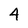
Character: 4